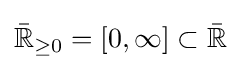
{\bar {\mathbb {R} }}_{\geq 0}=[0,\infty ]\subset {\bar {\mathbb {R} }}